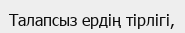
Талапсыз ердің тірлігі,